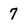
Character: 7